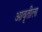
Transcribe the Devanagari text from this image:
आवृतीला